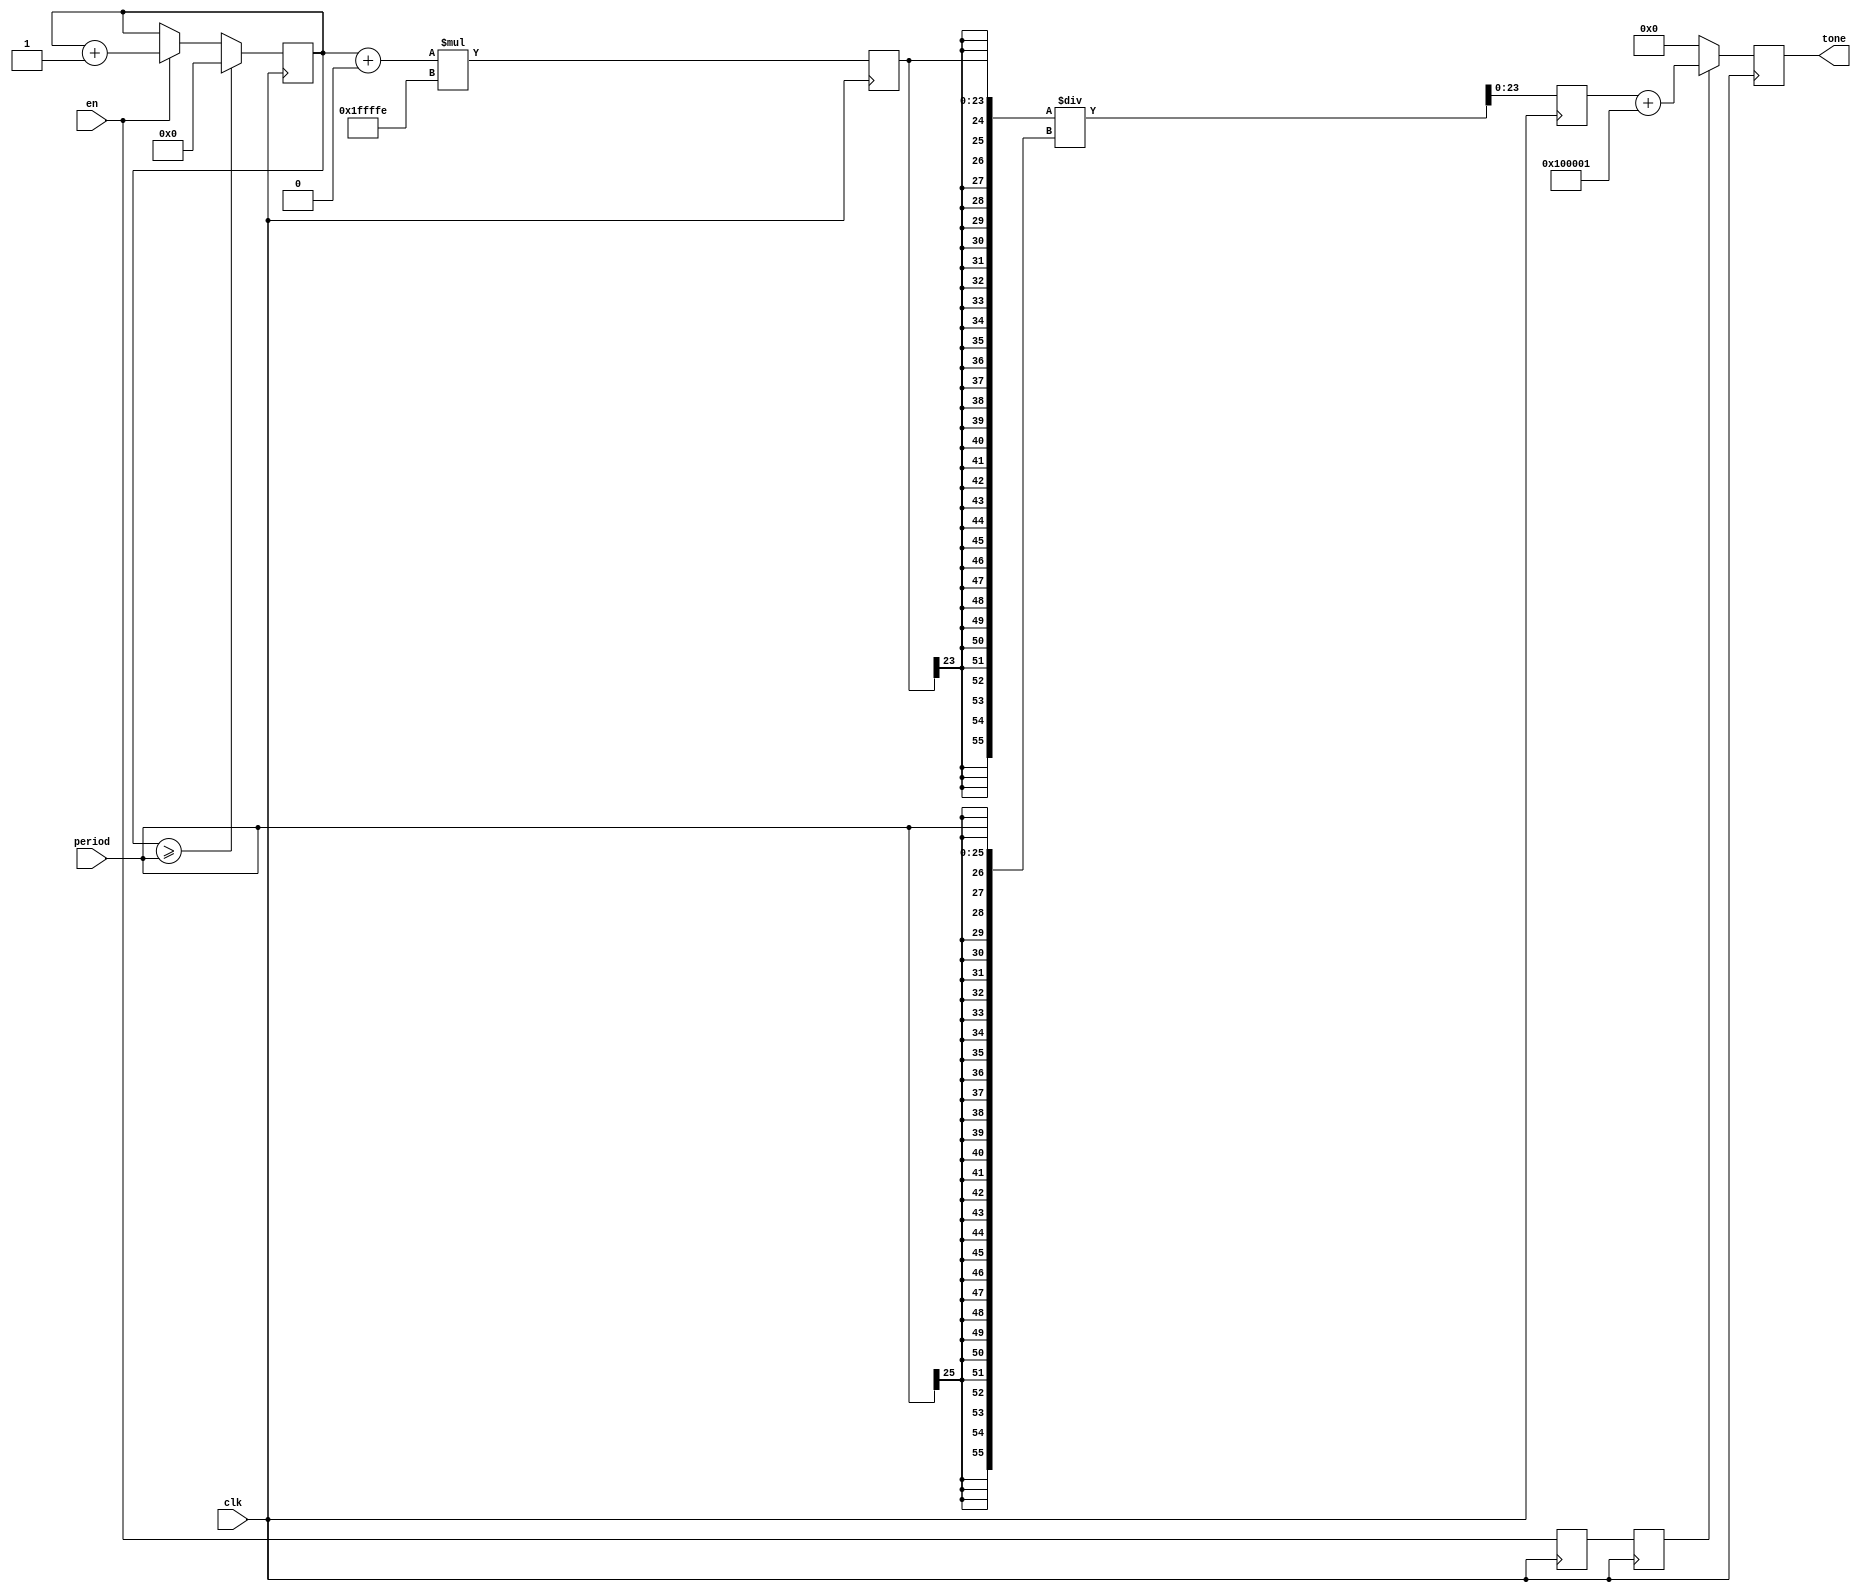
`timescale 1ns / 1ps
//////////////////////////////////////////////////////////////////////////////////
// Company: 
// Engineer: 
// 
// Design Name: 
// Module Name:    sawgen 
// Project Name: 
// Target Devices: 
// Tool versions: 
// Description: 
//
// Dependencies: 
//
// Revision: 
// Revision 0.01 - File Created
// Additional Comments: 
//
//////////////////////////////////////////////////////////////////////////////////
module sawgen(input clk, input en, input [25:0] period, output reg [23:0] tone);
    parameter amplitude = 24'hfffff; // TODO CHANGE?
	 //parameter freq = 440;
    reg [31:0] count = 0;
    
    //logic[31:0] period = (48000000 / freq);
    
    reg [23:0] tone0;
	 reg [55:0] tone1;
	 reg [23:0] tone2;
	 reg en0, en1;
	 //wire [95:0] m_axis_dout_tdata;
	 /*
	 multiplier your_instance_name (
  .clk(clk), // input clk
  .a({count}), // input [63 : 0] a
  .b(amplitude * 2), // input [23 : 0] b
  .p(tone0) // output [87 : 0] p
);
	 
	 div_gen_v4_0 your_instance_name2 (
  .aclk(aclk), // input aclk
  .s_axis_divisor_tvalid(1'b1), // input s_axis_divisor_tvalid
  .s_axis_divisor_tready(), // output s_axis_divisor_tready
  .s_axis_divisor_tdata(period), // input [31 : 0] s_axis_divisor_tdata
  .s_axis_dividend_tvalid(1'b1), // input s_axis_dividend_tvalid
  .s_axis_dividend_tready(), // output s_axis_dividend_tready
  .s_axis_dividend_tdata(tone0), // input [63 : 0] s_axis_dividend_tdata
  .m_axis_dout_tvalid(m_axis_dout_tvalid), // output m_axis_dout_tvalid
  .m_axis_dout_tdata(m_axis_dout_tdata) // output [95 : 0] m_axis_dout_tdata
);
	 assign tone1 = m_axis_dout_tdata[95:32];
	 
	 
	 
	 
	 */
    always @(posedge clk) begin
		  en0 <= en;
		  en1 <= en0;
		  tone0 <= $signed(count + 56'b0) * $signed(amplitude * 2);
		  tone1 <= $signed(tone0) / $signed(period);
		  tone <= en1 ? 
		          //m_axis_dout_tvalid 
					 $signed(tone1) + $signed(-amplitude) : 0;
				//	 tone
				//	 : 0;
			 
	 
	 
        if(count >= period)
            count <= 0;
        else 
			 if(en)
            count <= count + 1;
	 end
	 //out_value = $signed({1'b0, b}) + $signed({32'b0, counter}) * $signed(c - b) / $signed(y);
	 
	 
	 
	 
	 
    //assign tone = en ? 
    //    $signed(-amplitude) + $signed({32'b0, count}) * $signed(amplitude * 2) / $signed(period)
    //    : 0;
    //assign tone = count << 6;



endmodule